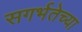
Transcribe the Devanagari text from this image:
सगर्भतेच्या